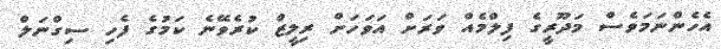
އެހެންނަމަވެސް މަދޫރީގެ ފިލްމެއް ވަރަށް އަވަހަށް ރިލީޒް ކުރެވޭނެ ކަމުގެ ފެހި ސިގްނަލް